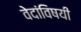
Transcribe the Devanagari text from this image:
वेदांविषयी